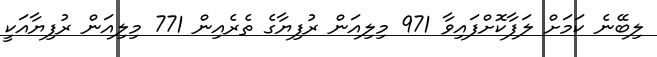
ލިބޭނެ ކަމަށް ލަފާކޮށްފައިވާ 971 މިލިއަން ރުފިޔާގެ ތެރެއިން 771 މިލިއަން ރުފިޔާއަކީ